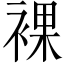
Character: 裸